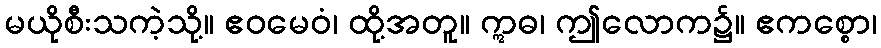
မယိုစီးသကဲ့သို့။ ဧဝမေဝံ၊ ထို့အတူ။ ဣဓ၊ ဤလောက၌။ ဧကစ္စော၊